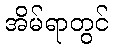
အိမ်ရာတွင်